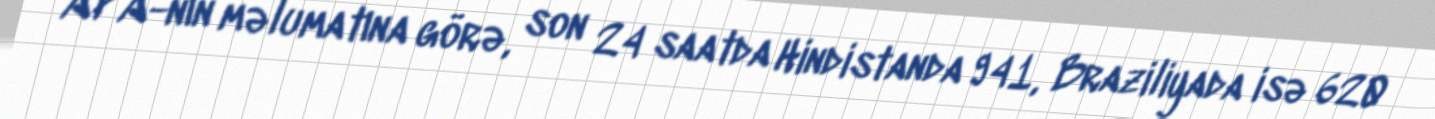
APA-nın məlumatına görə, son 24 saatda Hindistanda 941, Braziliyada isə 620